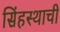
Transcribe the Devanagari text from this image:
सिंहस्थाची